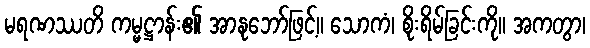
မရဏဿတိ ကမ္မဋ္ဌာန်း၏ အာနုဘော်ဖြင့်။ သောကံ၊ စိုးရိမ်ခြင်းကို။ အကတွာ၊